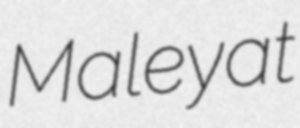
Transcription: Maleyat